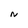
Character: N